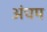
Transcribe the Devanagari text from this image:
अंचम